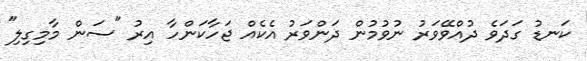
ކަނޑު ގަދަވެ ދުއްވޭވަރު ނުވުމުން ދަންވަރު އެކެއް ޖަހާކަންހާ އިރު "ސަން މާމިގިލި"